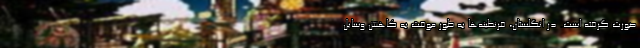
صورت گرفته است. در انگلستان، قرنطینه‌ها به طور موقت به کاهش وسایل